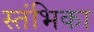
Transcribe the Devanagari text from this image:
स्तंभिका